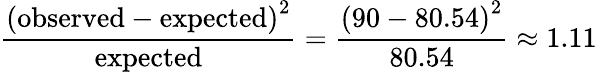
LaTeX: {\frac{\left({\mathrm{observed}}-{\mathrm{expected}}\right)^{2}}{\mathrm{expected}}}={\frac{\left(90-80.54\right)^{2}}{80.54}}\approx 1.11